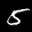
Label: 5